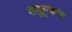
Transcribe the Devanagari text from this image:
चातुण्र्वण्य